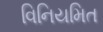
વિનિયમિત